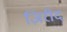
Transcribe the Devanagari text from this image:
ज़िरीद